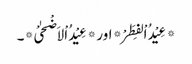
*عِیْدُ اْلفِطَرْ* اور *عِیْدُ اْلاَضْحٰیْ*۔